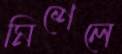
মিশেলে